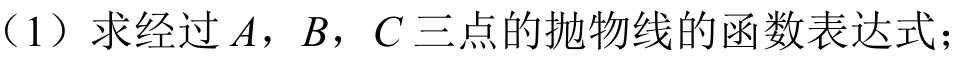
（1）求经过\(A\)，\(B\)，\(C\)三点的抛物线的函数表达式；